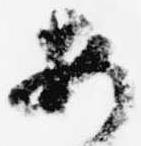
安